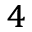
^ 4